Indian journal of veterinary science and animal husbandry - Volume 3,
Year: 1933
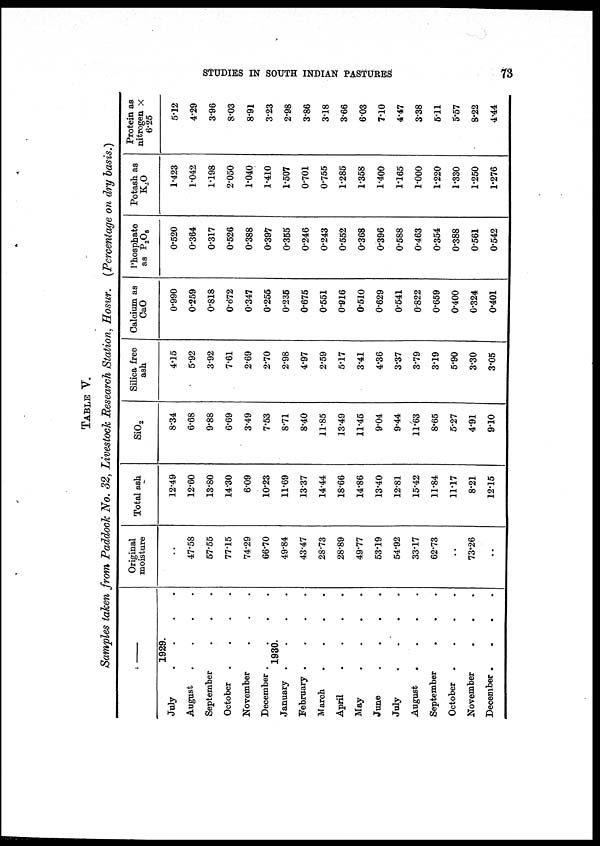
STUDIES IN SOUTH INDIAN PASTURES
73
TABLE V.
Samples taken from Paddock No. 32, Livestock Research Station, Hosur. (Percentage on dry basis.)
—
1929.
July . . . .
August . . . .
September . . .
October . . . .
November . . .
December . . . .
1930.
January . . . .
February . . . .
March . . . .
April . . . .
May . . . .
June . . . .
July . . . .
August . . . .
September . . .
October . . . .
November . . .
December . . . .
Original
moisture
..
47.58
57.55
77.15
74.29
66.70
49.84
43.47
28.73
28.89
49.77
53.19
54.92
33.17
62.73
..
73.26
..
Total ash
12.49
12.60
13.80
14.30
6.09
10.23
11.69
13.37
14.44
18.66
14.86
13.40
12.81
15.42
11.84
11.17
8.21
12.15
SiO 2
8.34
6.68
9.88
6.69
3.49
7.53
8.71
8.40
11.85
13.49
11.45
9.04
9.44
11.63
8.65
5.27
4.91
9.10
Silica free
ash
4.15
5.92
3.92
7.61
2.69
2.70
2.98
4.97
2.59
5.17
3.41
4.36
3.37
3.79
3.19
5.90
3.30
3.05
Calcium as
CaO
0.990
0.259
0.818
0.672
0.347
0.255
0.236
0.675
0.551
0.916
0.510
0.629
0.541
0.822
0.659
0.400
0.324
0.401
Phosphate
as P 2 O 5
0.520
0.364
0.317
0.526
0.388
0.397
0.355
0.246
0.243
0.552
0.368
0.396
0.588
0.463
0.354
0.388
0.561
0.542
Potash as
K 2 O
1.423
1.042
1.198
2.050
1.040
1.410
1.507
0.701
0.755
1.285
1.358
1.400
1.165
1.000
1.220
1.330
1.250
1.276
Protein as
nitrogen ×
6.25
5.12
4.29
3.96
8.03
8.91
3.23
2.98
3.86
3.18
3.66
6.03
7.10
4.47
3.38
5.11
5.57
8.22
4.44